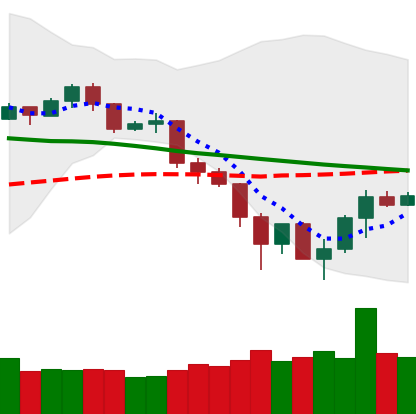
Ticker: TRX-USD
Chart end date: 2019-11-29
Forward return: -10.9%
Label: down_7plus